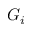
G _ { i }